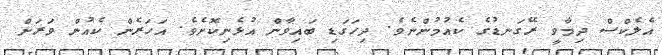
އެލެކްސް ދިމާވީ ރޭގަނޑުގެ ކެއުމުންނެވެ. ދިހަގަޑި ބައިވާން އުޅެނިކޮށެވެ. އަހަރެން ކެއުން ވަރަށް